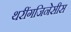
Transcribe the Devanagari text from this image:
थरींगजिनेसीस